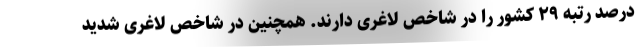
درصد رتبه ۲۹ کشور را در شاخص لاغری دارند. همچنین در شاخص لاغری شدید